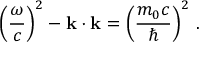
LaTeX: \left( { \frac { \omega } { c } } \right) ^ { 2 } - \mathbf { k } \cdot \mathbf { k } = \left( { \frac { m _ { 0 } c } { \hbar } } \right) ^ { 2 } \, .